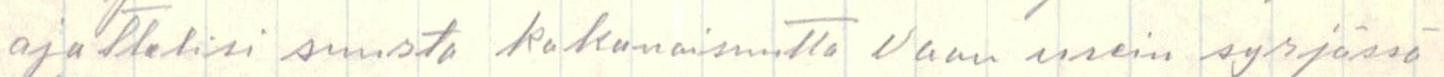
ajattelisi suurta kokonaisuutta vaan usein syrjässä